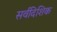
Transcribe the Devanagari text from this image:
सर्वदिशिक